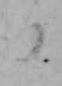
る